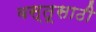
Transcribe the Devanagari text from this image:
वस्तूसाठी